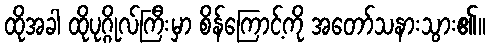
ထိုအခါ ထိုပုဂ္ဂိုလ်ကြီးမှာ စိန်ကြောင့်ကို အတော်သနားသွား၏။